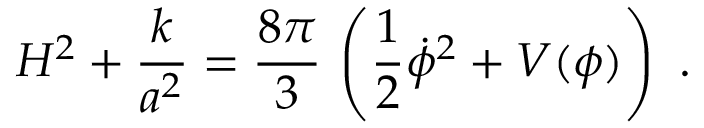
H ^ { 2 } + \frac { k } { a ^ { 2 } } = \frac { 8 \pi } { 3 } \, \left( \frac { 1 } { 2 } \dot { \phi } ^ { 2 } + V ( \phi ) \right) \ .